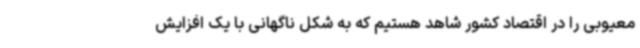
معیوبی را در اقتصاد کشور شاهد هستیم که به شکل ناگهانی با یک افزایش